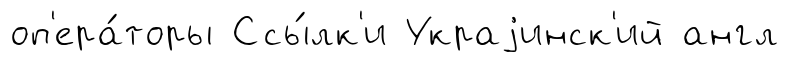
оп'ера́торы Ссы́лк'и Украjинск'ий англ